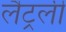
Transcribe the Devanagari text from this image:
लैट्रली